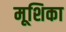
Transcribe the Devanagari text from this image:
मूशिका